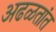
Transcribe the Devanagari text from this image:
अढळतांत